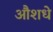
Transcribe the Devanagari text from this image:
औशधे